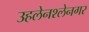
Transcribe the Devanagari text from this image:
उहलेनश्लेनगर